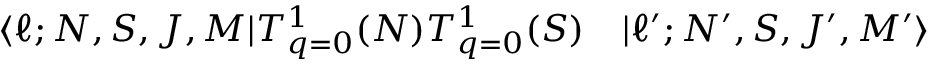
\begin{array} { r l } { \langle \ell ; N , S , J , M | T _ { q = 0 } ^ { 1 } ( N ) T _ { q = 0 } ^ { 1 } ( S ) } & { { } | \ell ^ { \prime } ; N ^ { \prime } , S , J ^ { \prime } , M ^ { \prime } \rangle } \end{array}